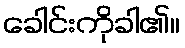
ခေါင်းကိုခါ၏။